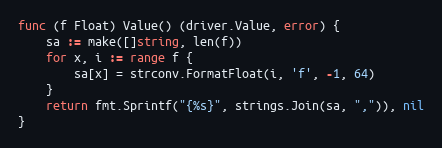
Language: Go
func (f Float) Value() (driver.Value, error) {
	sa := make([]string, len(f))
	for x, i := range f {
		sa[x] = strconv.FormatFloat(i, 'f', -1, 64)
	}
	return fmt.Sprintf("{%s}", strings.Join(sa, ",")), nil
}